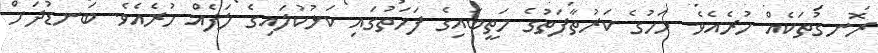
ރޮނގުތަކެއް ހުރެއެވެ. މަހުގެ ކަރުތާފަތުގެ މަތީބައިގެ ފަހަތުގައި ކަޅުކުލައިގެ ލަފެއް ހުރެއެވެ. ބަނޑުދަށް